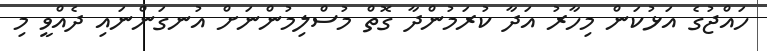
ހައްޖުގެ އަޅުކަން މިހާރު އަދާ ކުރަމުންދާ ގޮތް މުސްލިމުންނަށް އުނގަންނައި ދެއްވީ މި